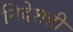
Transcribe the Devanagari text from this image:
निदेशही